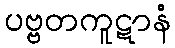
ပဗ္ဗတကူဋာနံ